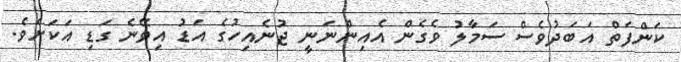
ކަންފަތް އަބަދުވެސް ސަމާލު ވެގެން އެއިންނަނީ ޖުނެއިހުގެ އަޑު އިވޭނެ ގަޑި އަކަށެވެ.